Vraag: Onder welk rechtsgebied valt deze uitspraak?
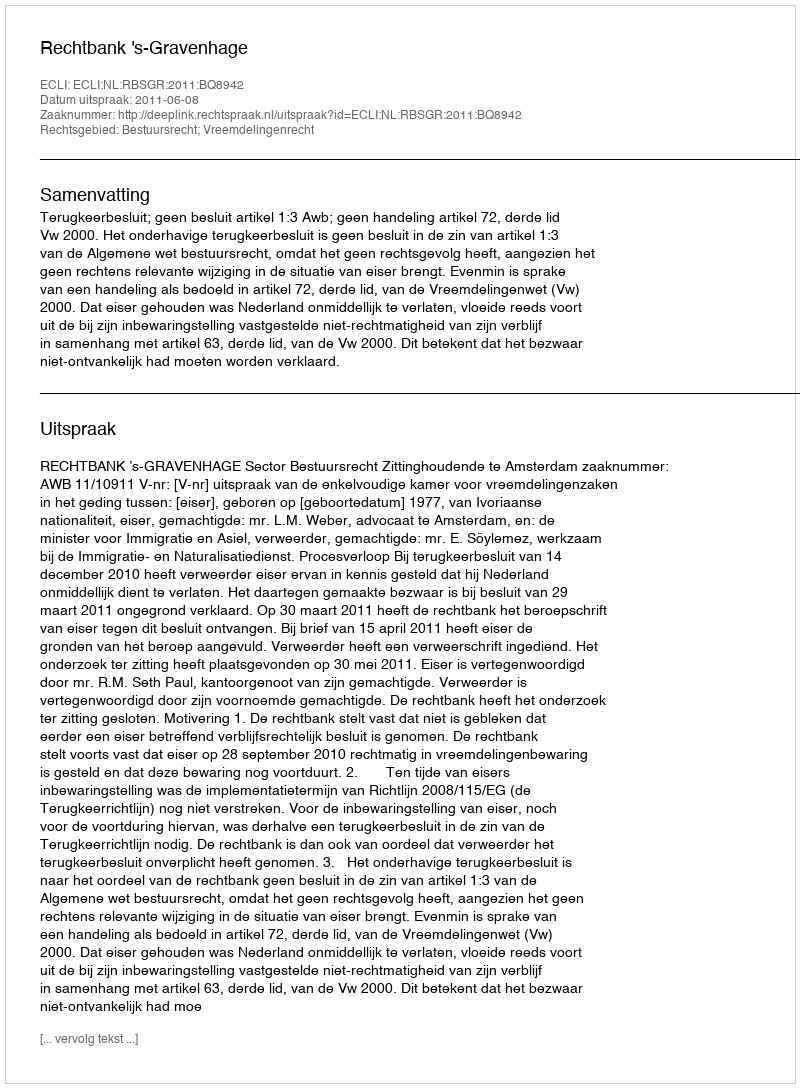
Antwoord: Bestuursrecht; Vreemdelingenrecht